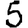
Digit: 5